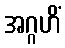
အဂ္ဂဟိံ